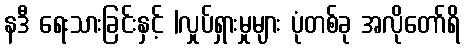
နဒီ ရေးသားခြင်းနှင့် |လှုပ်ရှားမှုများ ပုံတစ်ခု အလိုတော်ရိ